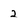
Character: 2